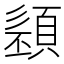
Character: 𩓭